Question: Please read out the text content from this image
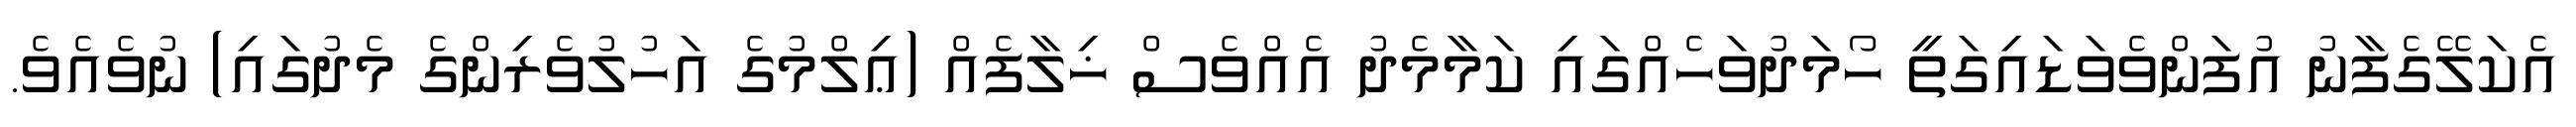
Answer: އެކަލޭގެފާނު އުފަންވެވަޑައިގަތީ ހޯމަދުވަހެއްގައި ކަމާމެދު އެއްވެސް ޚިލާފެއް (ޢިލްމުގެ އަހުލުވެރިންގެ މެދުގައި) ނުވެއެވެ.